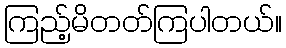
ကြည့်မိတတ်ကြပါတယ်။